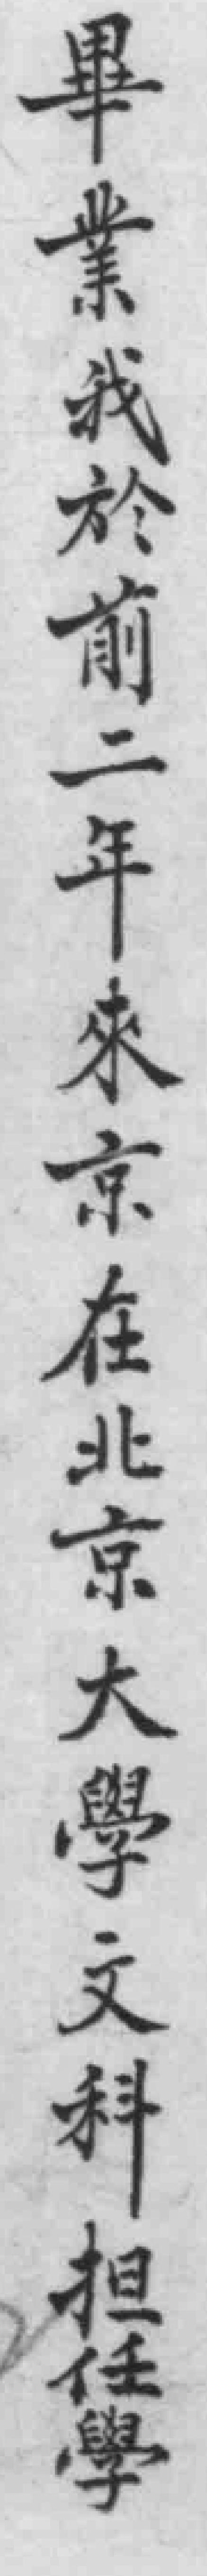
畢業我於前二年來京在北京大學文科担任學